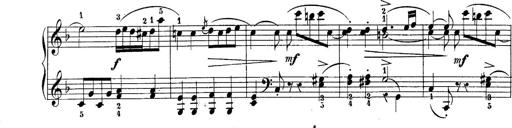
Title: 10 Sonatines progressives
Composer: Anton Schmoll